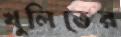
খুলিতের